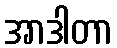
အာဒါတာ